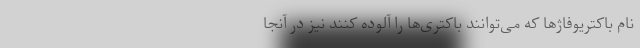
نام باکتریوفاژها که می‌توانند باکتری‌ها را آلوده کنند نیز در آنجا